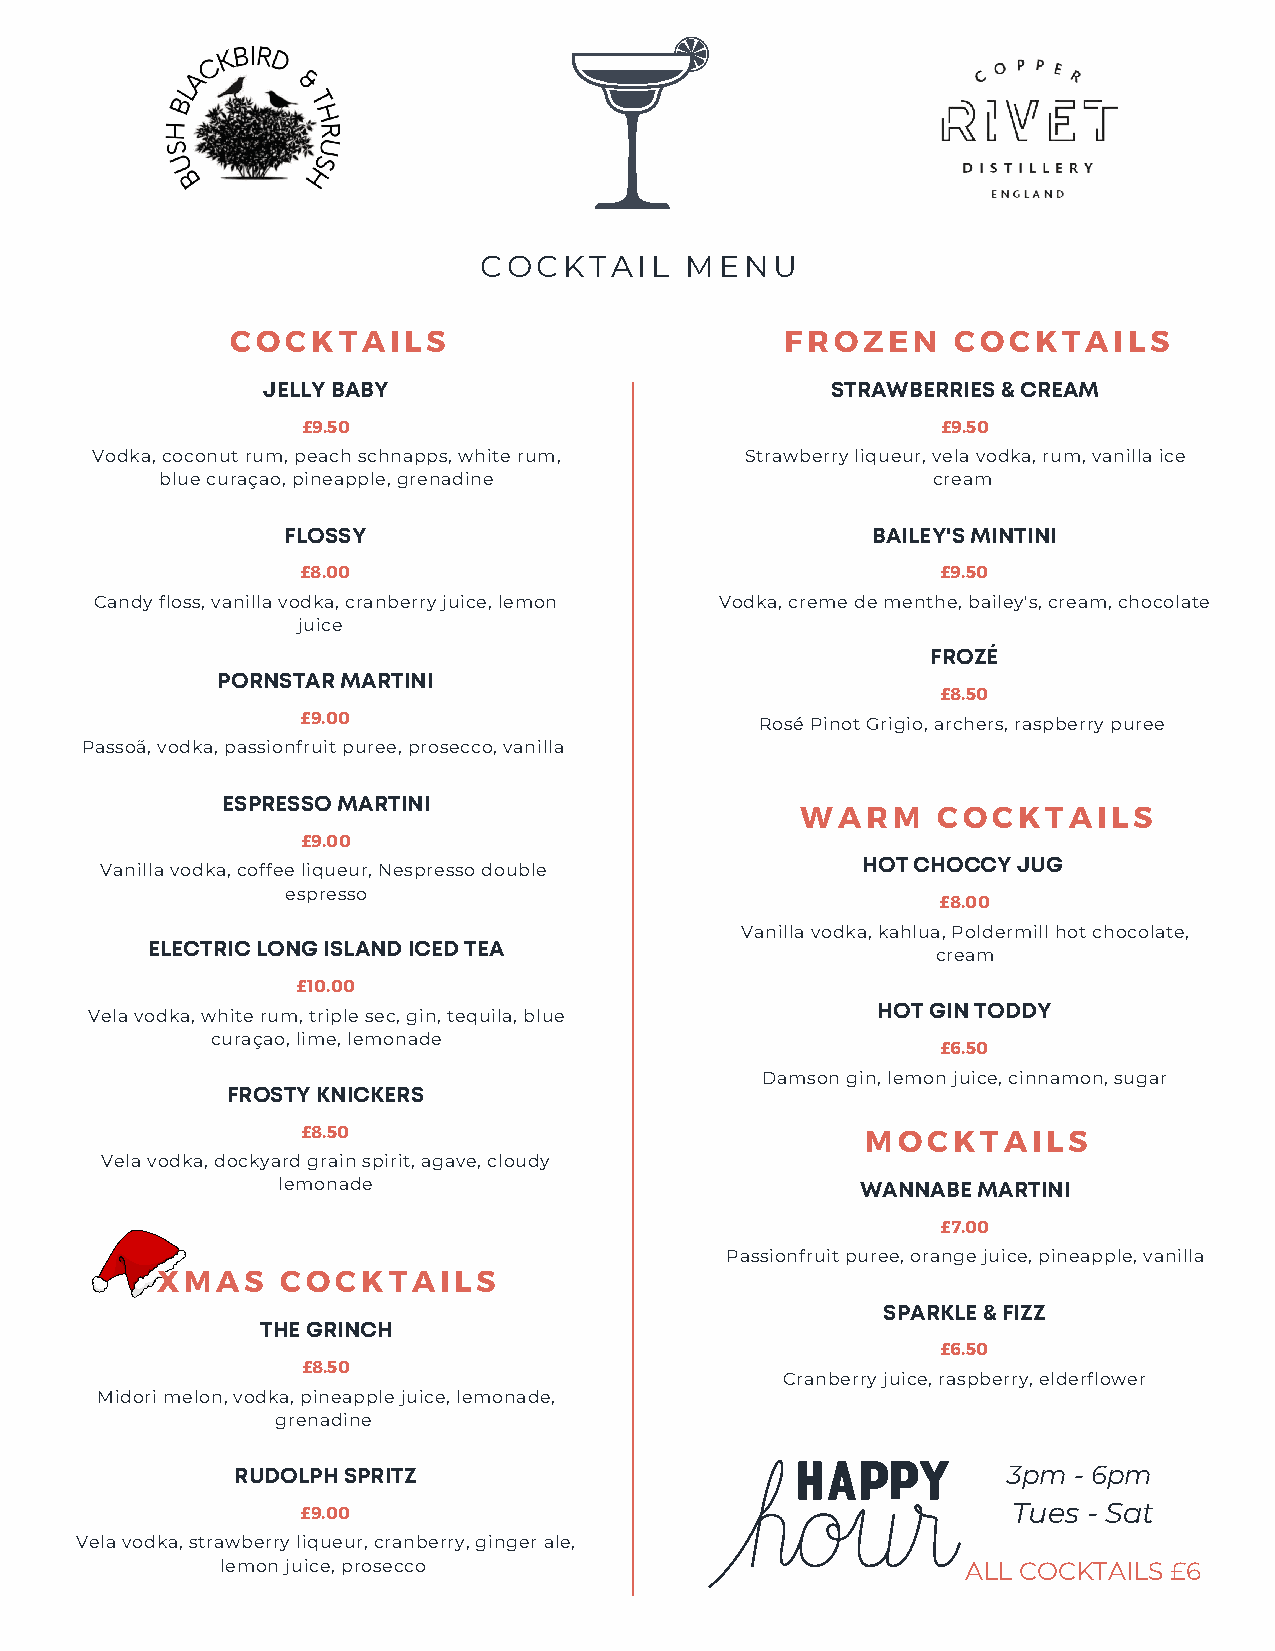
COCKTAIL     MENU
 COCKTAILS                            FROZEN     COCKTAILS
 JELLY BABY                            STRAWBERRIES & CREAM
 £9.50                                     £9.50
 Vodka, coconut rum, peach schnapps, white rum, Strawberry liqueur, vela vodka, rum, vanilla ice
 blue curaçao, pineapple, grenadine                 cream
 FLOSSY                                 BAILEY'S MINTINI
 £8.00                                     £9.50
 Candy floss, vanilla vodka, cranberry juice, lemon Vodka, creme de menthe, bailey's, cream, chocolate
 juice
 FROZÉ
 PORNSTAR MARTINI
 £8.50
 £9.00
 Rosé Pinot Grigio, archers, raspberry puree
 Passoã, vodka, passionfruit puree, prosecco, vanilla
 ESPRESSO MARTINI
 WARM     COCKTAILS
 £9.00
 HOT CHOCCY JUG
 Vanilla vodka, coffee liqueur, Nespresso double
 espresso
 £8.00
 Vanilla vodka, kahlua, Poldermill hot chocolate,
 ELECTRIC LONG ISLAND ICED TEA
 cream
 £10.00
 HOT GIN TODDY
 Vela vodka, white rum, triple sec, gin, tequila, blue
 curaçao, lime, lemonade
 £6.50
 Damson gin, lemon juice, cinnamon, sugar
 FROSTY KNICKERS
 £8.50                                MOCKTAILS
 Vela vodka, dockyard grain spirit, agave, cloudy
 lemonade                               WANNABE MARTINI
 £7.00
 Passionfruit puree, orange juice, pineapple, vanilla
 XMAS     COCKTAILS
 SPARKLE & FIZZ
 THE GRINCH
 £6.50
 £8.50
 Cranberry juice, raspberry, elderflower
 Midori melon, vodka, pineapple juice, lemonade,
 grenadine
 RUDOLPH SPRITZ                                     3pm - 6pm
 £9.00                                          Tues - Sat
 Vela vodka, strawberry liqueur, cranberry, ginger ale,
 lemon juice, prosecco                            ALL COCKTAILS £6